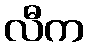
လီက